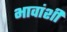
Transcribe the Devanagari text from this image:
भावांशी